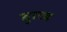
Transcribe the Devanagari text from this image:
बुल्ज